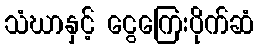
သံဃာနှင့် ငွေကြေးပိုက်ဆံ